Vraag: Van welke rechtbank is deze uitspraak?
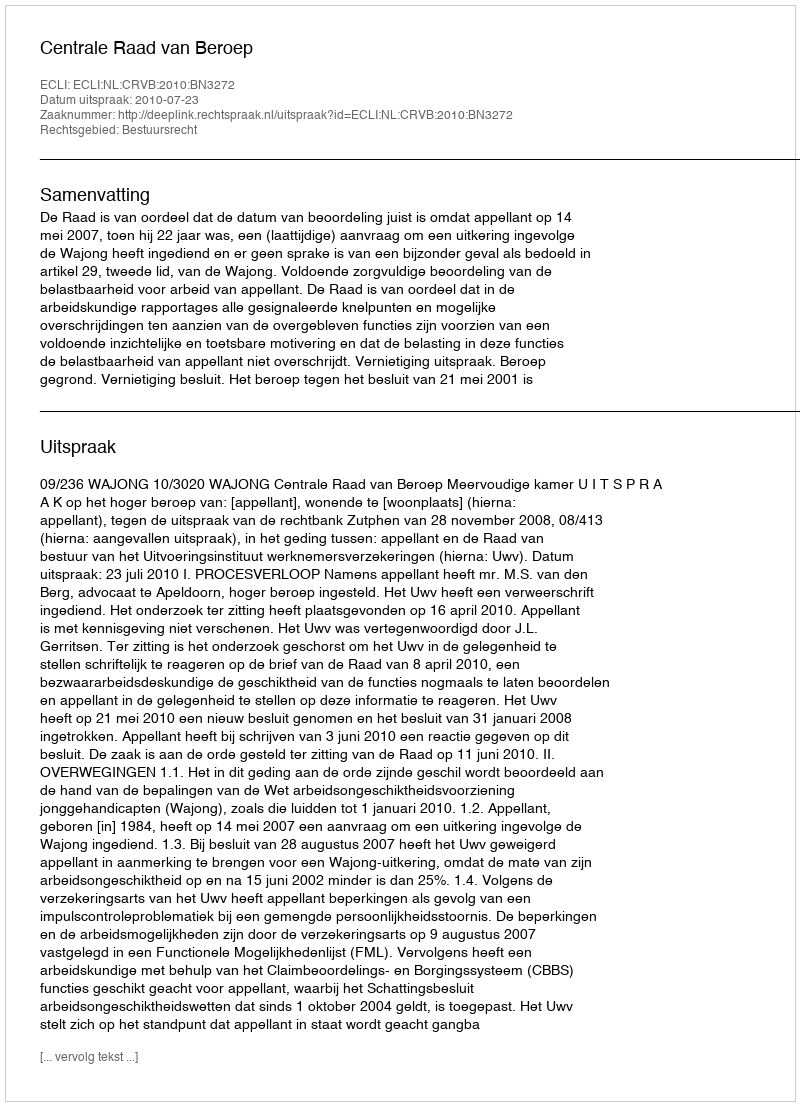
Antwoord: Centrale Raad van Beroep